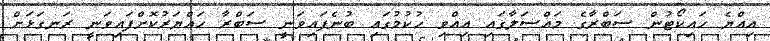
އިއްޔެ ހައިކޯޓުން ސަބްރާގެ މައްސަލާގައި އިއްވި ހުކުމުގައި ބުނެފައިވަނީ ސަބްރާ ހައްޔަރުކޮށްފައިވަނީ ރަނގަޅަށް